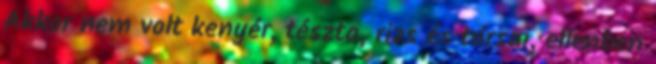
Akkor nem volt kenyér, tészta, rizs és társai, ellenben